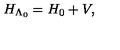
H _ { \Lambda _ { 0 } } = H _ { \mathrm { 0 } } + V ,